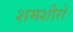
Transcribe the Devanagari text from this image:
शमशीरो